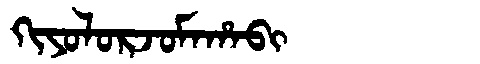
Manchu: ᡴᡳᠶᠣᠯᠣᡵᠵᠣᠮᠠᡥᠠᠪᡳ
Romanization: KIYOLORJOMAHABI